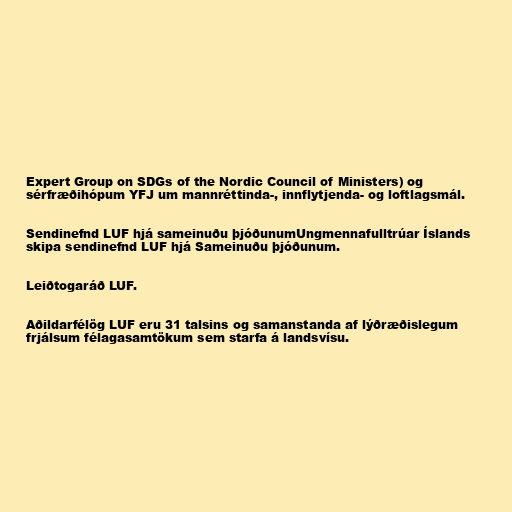
Expert Group on SDGs of the Nordic Council of Ministers) og
sérfræðihópum YFJ um mannréttinda-, innflytjenda- og loftlagsmál.

Sendinefnd LUF hjá sameinuðu þjóðunumUngmennafulltrúar Íslands
skipa sendinefnd LUF hjá Sameinuðu þjóðunum.

Leiðtogaráð LUF.

Aðildarfélög LUF eru 31 talsins og samanstanda af lýðræðislegum
frjálsum félagasamtökum sem starfa á landsvísu.